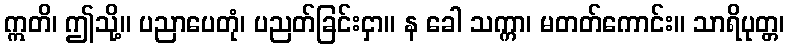
ဣတိ၊ ဤသို့။ ပညာပေတုံ၊ ပညတ်ခြင်းငှာ။ န ခေါ သက္ကာ၊ မတတ်ကောင်း။ သာရိပုတ္တ၊